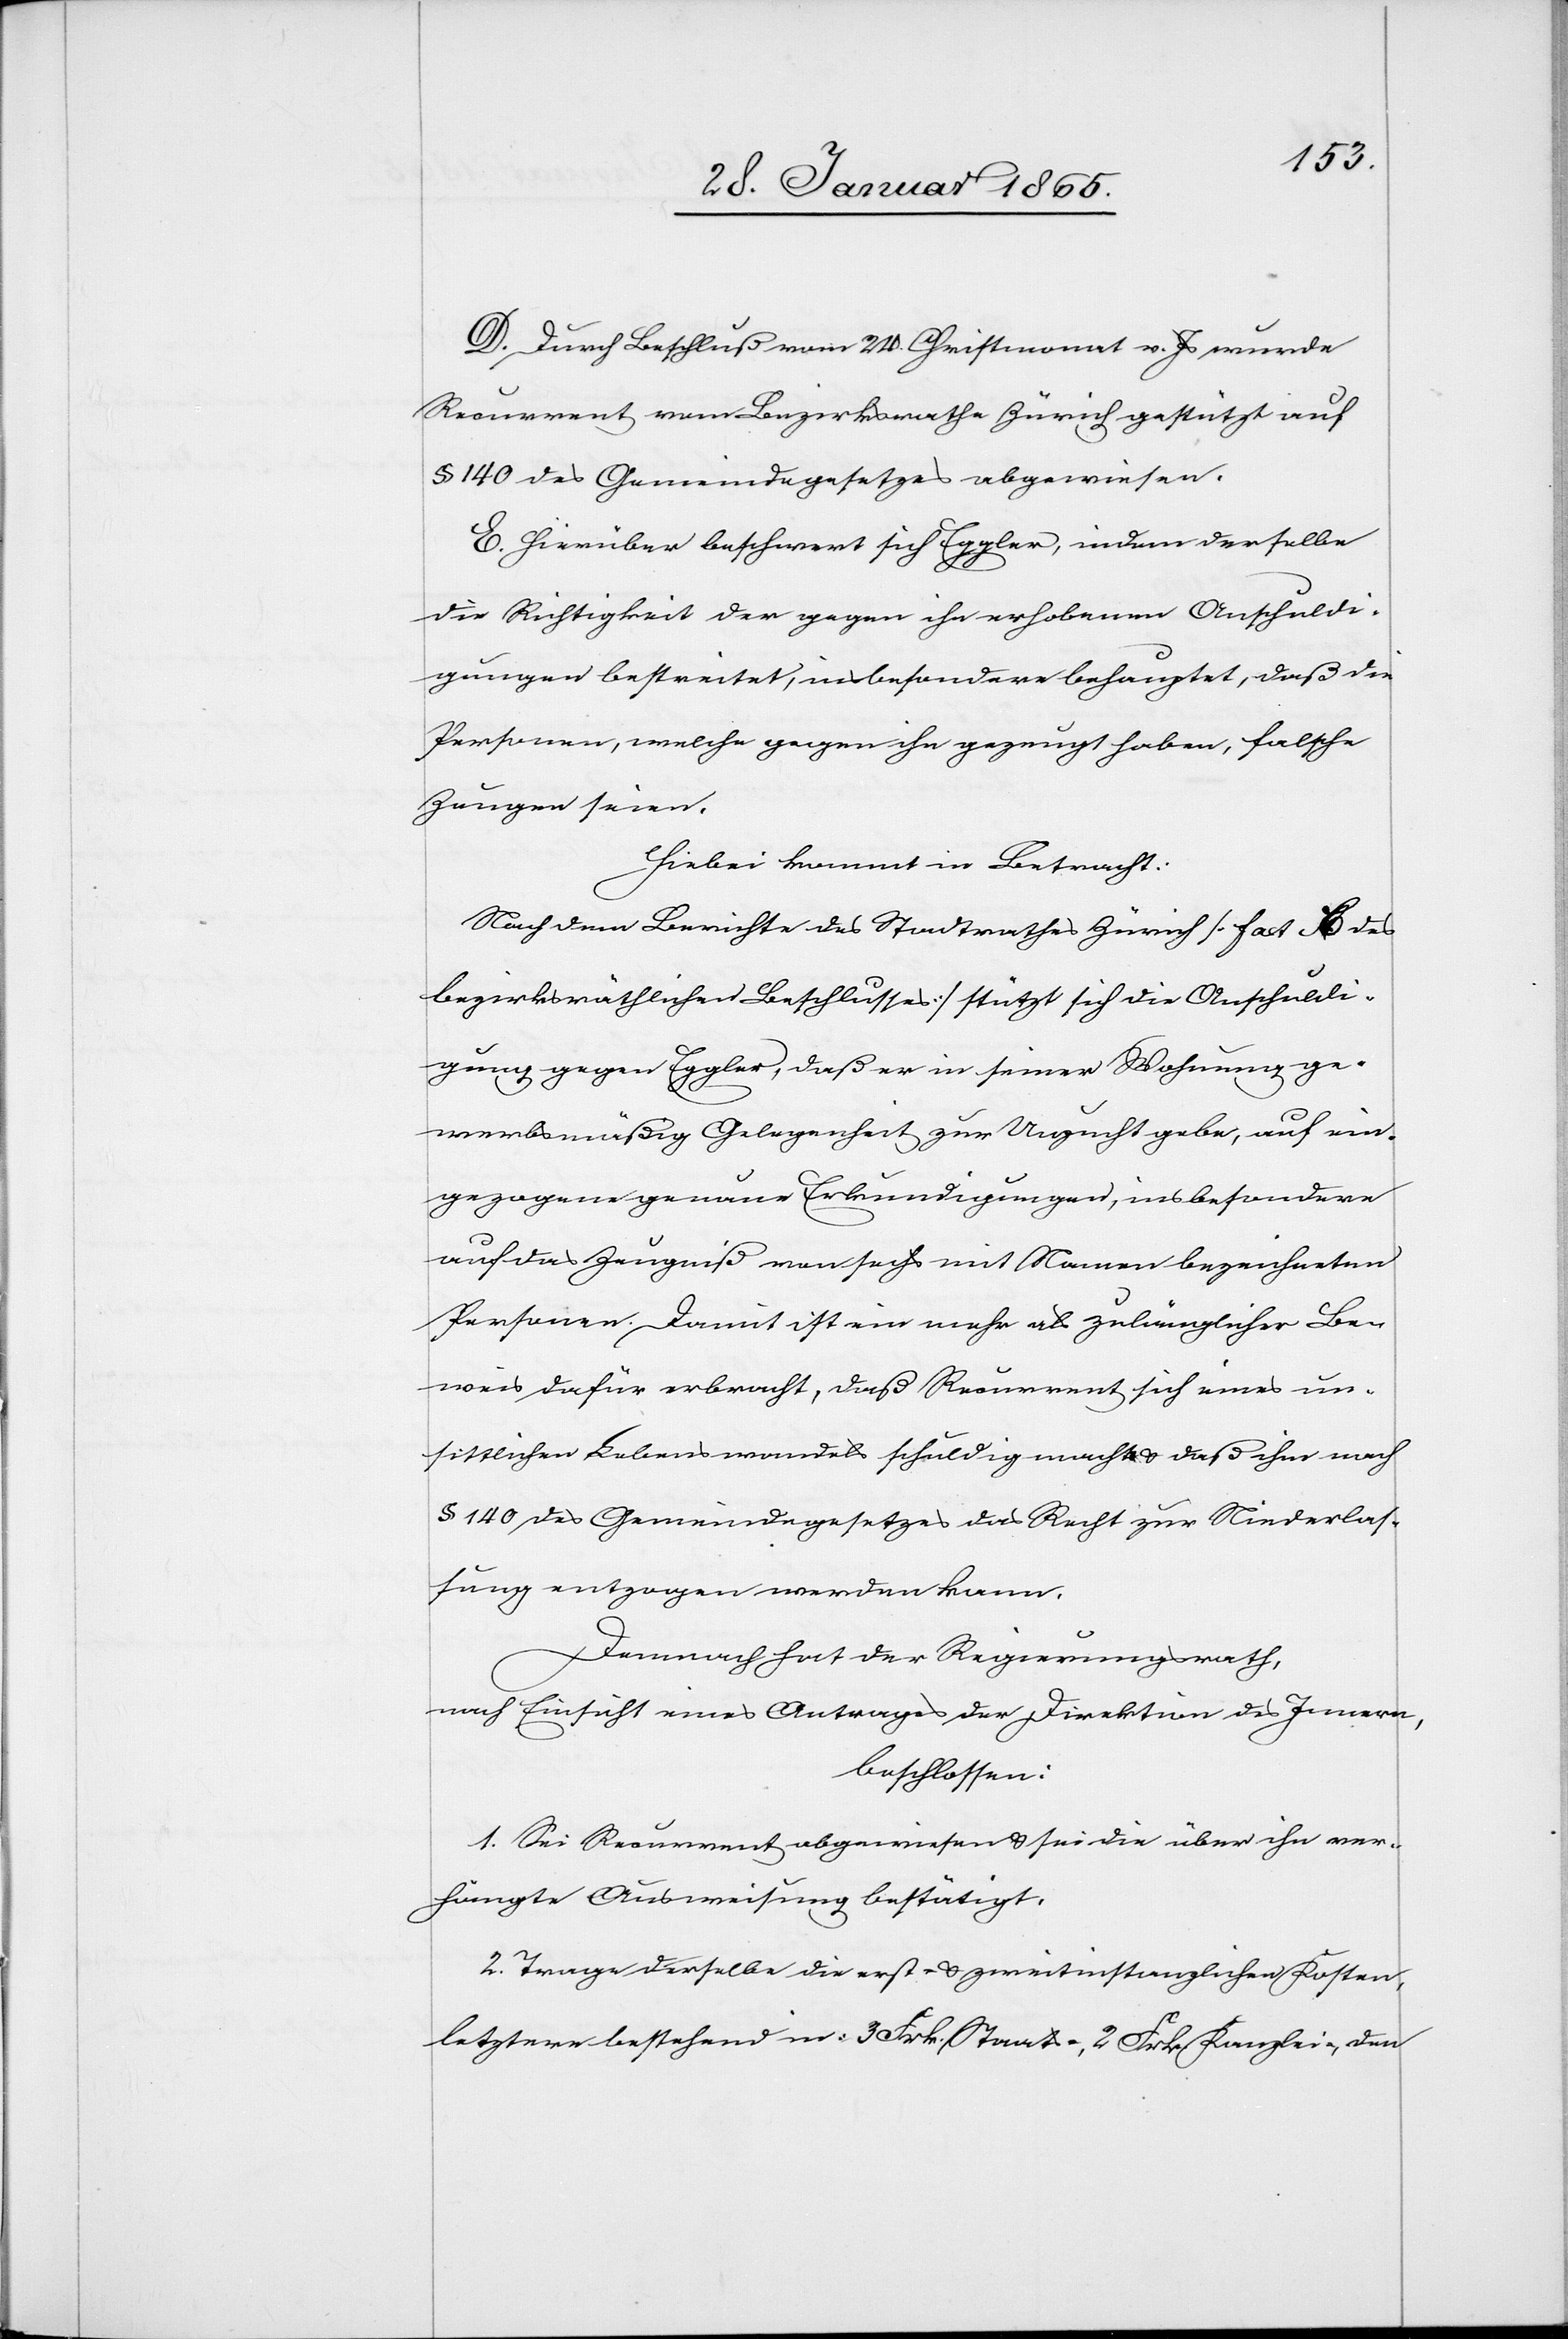
D. Durch Beschluß vom 24. Christmonat v. Js wurde
Recurrent vom Bezirksrathe Zürich gestützt auf
§ 140 des Gemeindegesetzes abgewiesen.
E. Hierüber beschwert sich Eggler, indem derselbe
die Richtigkeit der gegen ihn erhobenen Anschuldi¬
gungen bestreitet, insbesondere behauptet, daß die
Personen, welche gegen ihn gezeugt haben, falsche
Zeugen seien.
Hiebei kommt in Betracht:
Nach dem Berichte des Stadtrathes Zürich [fact des
bezirksräthlichen Beschlusses] stützt sich die Anschuldi¬
gung gegen Eggler, daß er in seiner Wohnung ge¬
werbsmäßig Gelegenheit zur Unzucht gebe, auf ein¬
gezogene genaue Erkundigungen, insbesondere
auf das Zeugniß von sechs mit Namen bezeichneten
Personen. Damit ist ein mehr als zulänglicher Be¬
weis dafür erbracht, daß Recurrent sich eines un¬
sittlichen Lebenswandels schuldig macht u. daß ihm nach
§ 140 des Gemeindegesetzes das Recht zur Niederlas¬
sung entzogen werden kann.
Demnach hat der Regierungsrath,
nach Einsicht eines Antrages der Direktion des Innern,
beschlossen:
1. Sei Recurrent abgewiesen u. sei die über ihn ver¬
hängte Ausweisung bestätigt.
2. Trage derselbe die erst- u. zweitinstanzlichen Kosten,
letztere bestehend in: 3 Frk. Staats-, 2 Frk. Kanzlei-, den